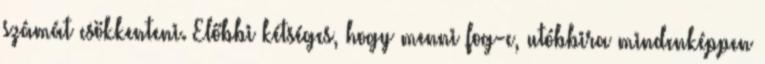
számát csökkenteni. Előbbi kétséges, hogy menni fog-e, utóbbira mindenképpen